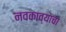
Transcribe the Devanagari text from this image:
नवकाव्याचा